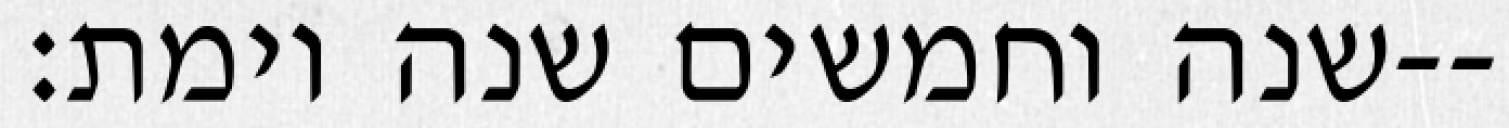
שנה וחמשים שנה וימת׃--